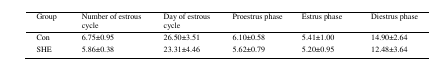
<table><thead><tr><td><b>Group</b></td><td><b>Number of estrous cycle</b></td><td><b>Day of estrous cycle</b></td><td><b>Proestrus phase</b></td><td><b>Estrus phase</b></td><td><b>Diestrus phase</b></td></tr></thead><tbody><tr><td>Con</td><td>6.75±0.95</td><td>26.50±3.51</td><td>6.10±0.58</td><td>5.41±1.00</td><td>14.90±2.64</td></tr><tr><td>SHE</td><td>5.86±0.38</td><td>23.31±4.46</td><td>5.62±0.79</td><td>5.20±0.95</td><td>12.48±3.64</td></tr></tbody></table>